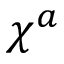
\chi ^ { a }